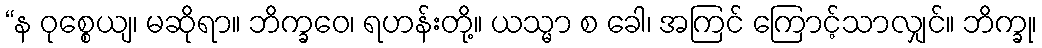
“န ဝုစ္စေယျ၊ မဆိုရာ။ ဘိက္ခဝေ၊ ရဟန်းတို့။ ယသ္မာ စ ခေါ၊ အကြင် ကြောင့်သာလျှင်။ ဘိက္ခု၊